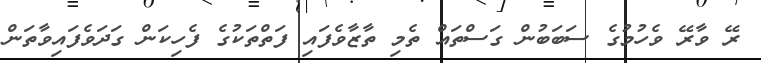
ރޭ ވާރޭ ވެހުމުގެ ސަބަބުން ގަސްތައް ތެމި ތާޒާވެފައި ފަތްތަކުގެ ފެހިކަން ގަދަވެފައިވާތަން